Lunatic asylums United Prov. 1922-30 - 1922-1930
Year: 1922
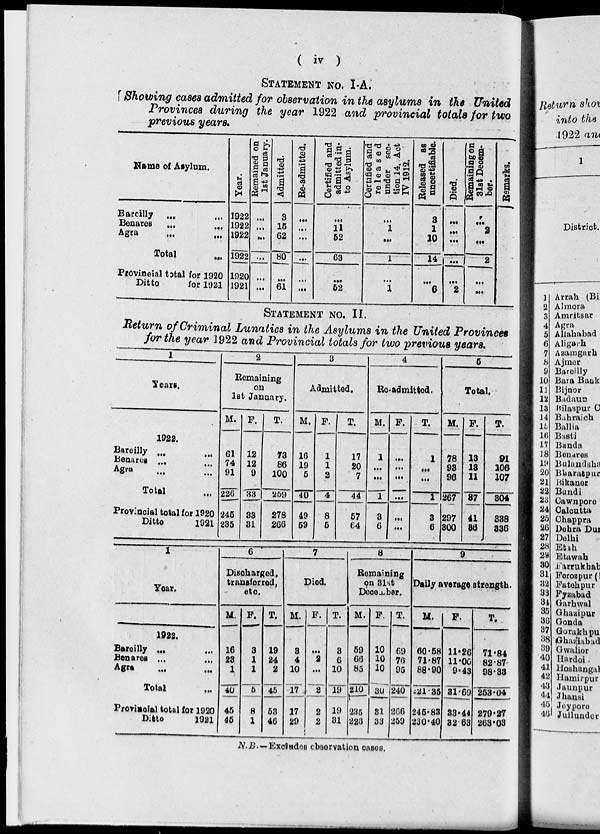
( iv )
STATEMENT No. I-A.
Showing cases admitted for observation in the asylums in the United
Provinces during the year 1922 and provincial totals for two
previous years.
Name of Asylum.
Bareilly ... ...
Benares ... ...
Agra
... ...
Total ...
Provineial total for 1920
Ditto
for 1921
Year.
1922
1922
1922
1922
1920
1921
Remained on
1st January.
...
...
...
...
...
...
Admitted.
3
15
62
80
...
61
Re-admitted.
...
...
...
...
...
...
Certified and
admitted in-
to Asylum.
...
11
52
63
...
52
Certified and
re1eased
under sec-
tion 14, Act
IV 1912.
...
1
...
1
...
1
Released as
uncertifiable.
3
1
10
14
...
6
Died.
...
...
...
...
...
2
Remaining on
31st Decem-
ber.
...
2
...
2
...
...
Remarks.
STATEMENT No. II.
Return of Criminal Lunatics in the Asylums in the United Provinces
for the year 1922 and Provincial totals for two previous years.
1
Years.
1922.
Bareilly
...
...
Benares ... ...
Agra
...
...
Total ...
Provincial total for 1920
Ditto
1921
2
Remaining
on
1st January.
M.
61
74
91
226
246
235
F.
12
12
9
33
33
31
T.
73
86
100
269
278
266
3
Admitted.
M.
16
19
5
40
49
59
F.
1
1
2
4
8
5
T.
17
20
7
44
57
64
4
Re-admitted.
M.
1
...
...
1
3
6
F.
...
...
...
...
...
...
T.
1
...
...
1
3
6
5
Total.
M.
78
93
96
267
297
300
F.
13
13
11
37
41
36
T.
91
106
107
304
338
336
1
Year.
1922.
Bareilly ... ...
Benares ... ...
Agra
...
...
Total
...
Provincial total for 1920
Ditto
1921
6
Discharged,
transferred,
etc.
M.
16
23
1
40
45
45
F.
3
1
1
5
8
1
T.
19
24
2
45
53
46
7
Died.
M.
3
4
10
17
17
29
F.
...
2
...
2
2
2
T.
3
6
10
19
19
31
8
Remaining
on 31st
December.
M.
59
66
85
210
235
226
F.
10
10
10
30
31
33
T.
69
76
95
240
266
259
9
Daily average, strength.
M.
60.58
71.87
88.90
221.35
245.83
230.40
F.
11.26
11.00
9.43
31.69
33.44
32.63
T.
71.84
82.87
98.33
253.04
279.27
263.03
N.B.—Excludes observation cases.